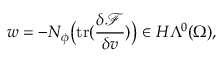
w = - N _ { \phi } \big ( \mathrm { t r } ( \frac { \delta \mathcal { F } } { \delta v } ) \big ) \in H \Lambda ^ { 0 } ( \Omega ) ,